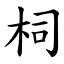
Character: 柌